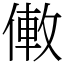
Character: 僌